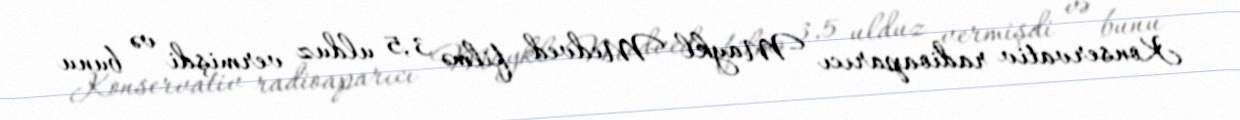
Konservativ radioaparıcı Maykl Medved filmə 3,5 ulduz vermişdi və bunu